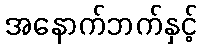
အနောက်ဘက်နှင့်